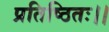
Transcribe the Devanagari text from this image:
प्रतिष्ठितः।।